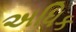
અધિક